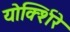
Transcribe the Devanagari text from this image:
योर्क्शिरे